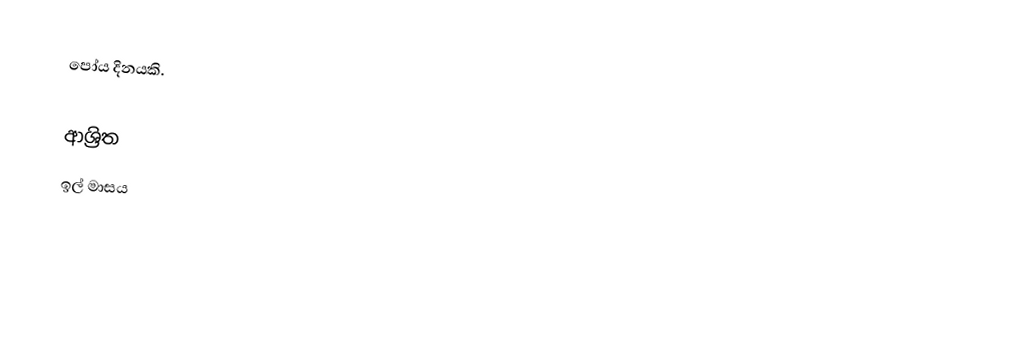
පෝය දිනයකි.

ආශ්‍රිත
 ඉල් මාසය